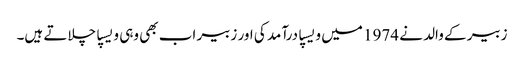
زبیر کے والد نے 1974 میں ویسپا درآمد کی اور زبیر اب بھی وہی ویسپا چلاتے ہیں۔